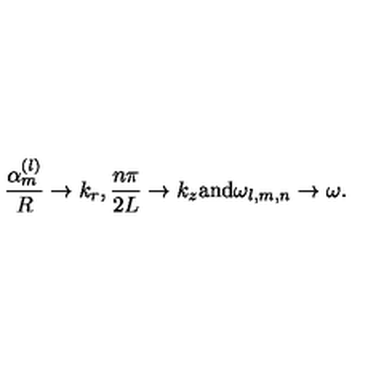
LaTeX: \frac { \alpha _ { m } ^ { ( l ) } } R \to k _ { r } , \frac { n \pi } { 2 L } \to k _ { z } \mathrm { a n d } \omega _ { l , m , n } \to \omega .